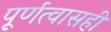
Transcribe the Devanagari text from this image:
पूर्णत्वासही